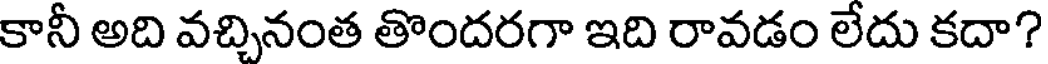
కానీ అది వచ్చినంత తొందరగా ఇది రావడం లేదు కదా?